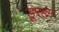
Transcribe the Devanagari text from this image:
डूरहम